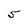
Character: 5